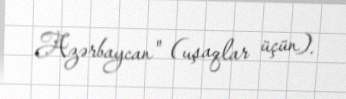
Azərbaycan" (uşaqlar üçün).